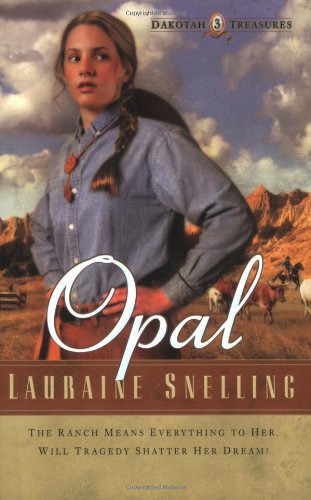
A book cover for Opal (Dakotah Treasures #3); Lauraine Snelling; Romance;